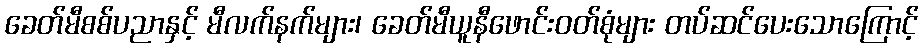
ခေတ်မီစစ်ပညာနှင့် မီလက်နက်များ၊ ခေတ်မီယူနီဖောင်းဝတ်စုံများ တပ်ဆင်ပေးသောကြောင့်